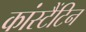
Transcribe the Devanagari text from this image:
कांस्टैंटिन